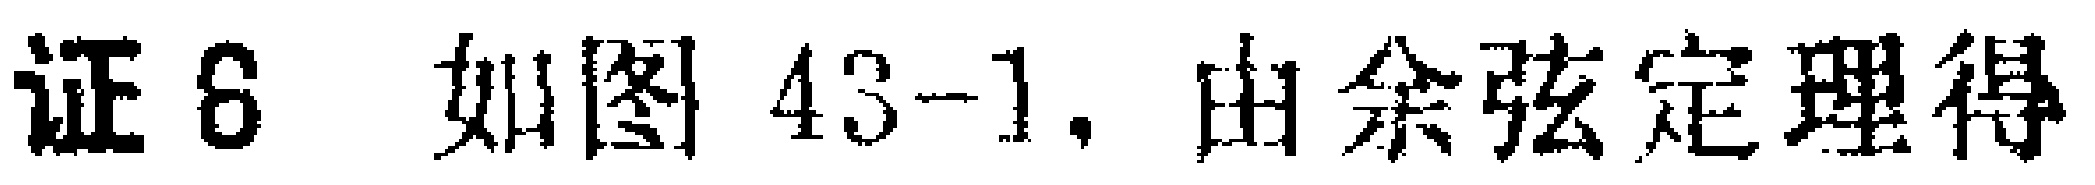
证6 如图43-1, 由余弦定理得